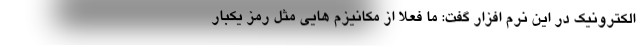
الکترونیک در این نرم افزار گفت: ما فعلا از مکانیز‌م هایی مثل رمز یکبار